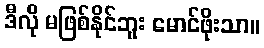
ဒီလို မဖြစ်နိုင်ဘူး မောင်ဖိုးသာ။